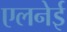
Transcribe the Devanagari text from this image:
एलनेई